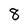
Character: 8